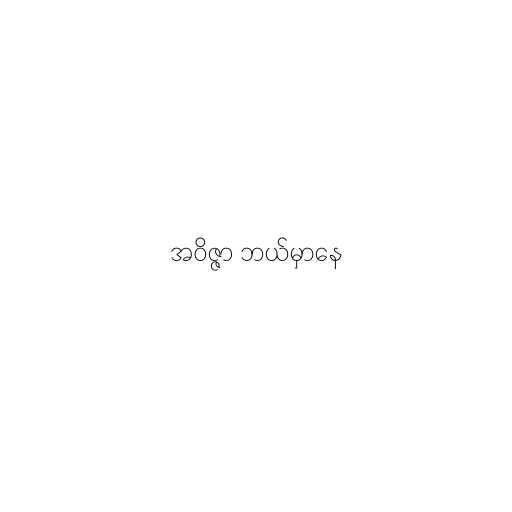
အဝိဇ္ဇာ ဘယ်မှာနေ